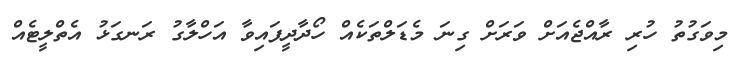
މިވަގުތު ހުރި ރާއްޖެއަށް ވަރަށް ގިނަ މެޑަލްތަކެއް ހޯދާދީފައިވާ އަހްލާގު ރަނގަޅު އެތްލީޓެއް